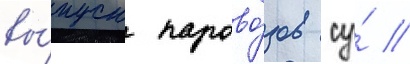
вы́пуск парово́зов су́ //